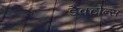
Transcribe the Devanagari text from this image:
डैक्टोन्स